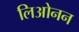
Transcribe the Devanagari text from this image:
लिओनन